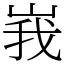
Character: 峩